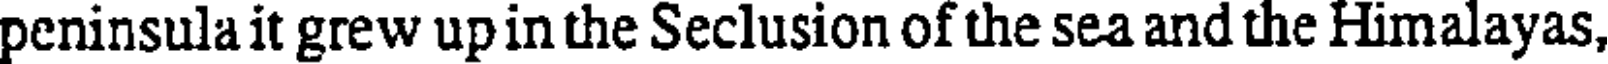
peninsula it grew up in the Seclusion of the sea and the Himalayas,